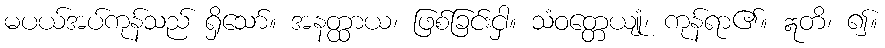
မပယ်အပ်ကုန်သည် ရှိသော်။ အနတ္ထာယ၊ ဖြစ်ခြင်းငှါ။ သံဝတ္တေယျုံ၊ ကုန်ရာ၏။ ဣတိ၊ ၍။